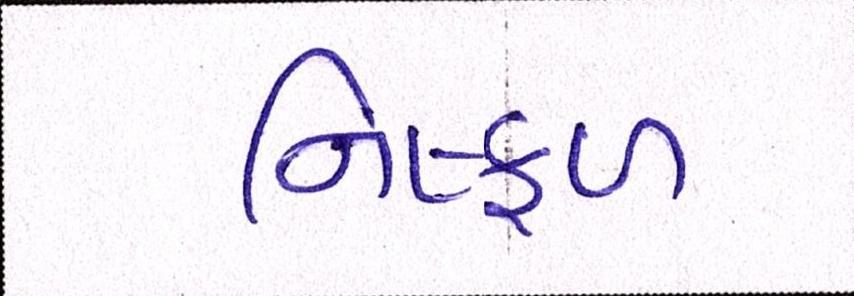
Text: નિષ્ફળ